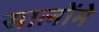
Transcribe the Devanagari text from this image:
सालोंमे